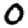
Digit: 0